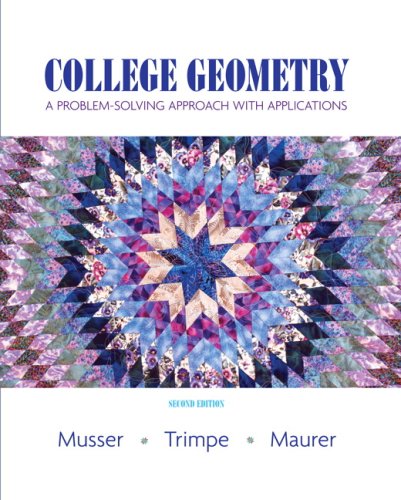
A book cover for College Geometry: A Problem Solving Approach with Applications (2nd Edition); Gary L. Musser; Science & Math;